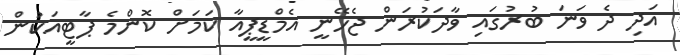
އަދި ދެ ވަނަ ބުރުގައި ވާދަކުރަން ޖެހޭނީ އެމްޑީޕީއާ ކަމަށް ކޮންމެ ޕާޓީއަކުން